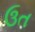
ઉત